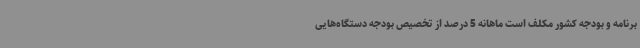
برنامه و بودجه کشور مکلف است ماهانه 5 درصد از تخصیص بودجه دستگاه‌هایی